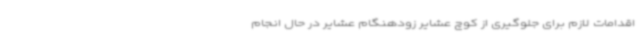
اقدامات لازم برای جلوگیری از کوچ عشایر زودهنگام عشایر در حال انجام